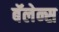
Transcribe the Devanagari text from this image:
बॅलेन्स